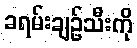
ခရမ်းချဉ်သီးကို